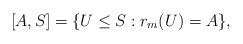
LaTeX: \begin{align*}[A,S]=\{U\le S: r_m(U)=A\},\end{align*}